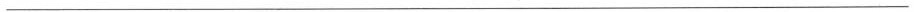
___